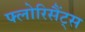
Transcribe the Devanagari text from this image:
फ्लोरिसैंट्स